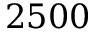
2 5 0 0